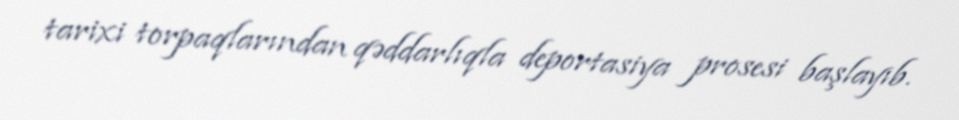
tarixi torpaqlarından qəddarlıqla deportasiya prosesi başlayıb.